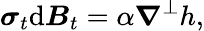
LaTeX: \boldsymbol{\sigma}_{t}\mathrm{d}\boldsymbol{B}_{t}=\alpha\boldsymbol{\nabla}^{\perp}h,